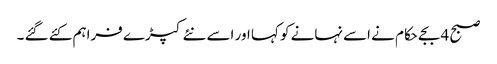
صبح 4 بجے حکام نے اسے نہانے کو کہا اور اسے نئے کپڑے فراہم کئے گئے ۔